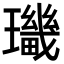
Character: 㼄